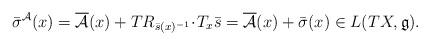
LaTeX: \begin{align*}\bar \sigma^\mathcal{A}(x)=\overline{\mathcal{A}}(x)+TR_{\bar s(x)^{-1}}\!\cdot\!T_x\bar s=\overline{\mathcal{A}}(x)+\bar\sigma(x)\in L(TX,\mathfrak{g}).\end{align*}